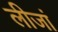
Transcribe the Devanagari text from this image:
लीजां